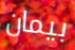
بيمان